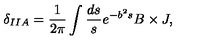
\delta _ { I I A } = \frac { 1 } { 2 \pi } \int \frac { d s } { s } e ^ { - b ^ { 2 } s } B \times J ,